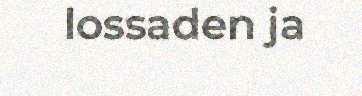
lossaden ja